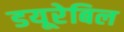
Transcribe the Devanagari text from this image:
डयूरेबिल